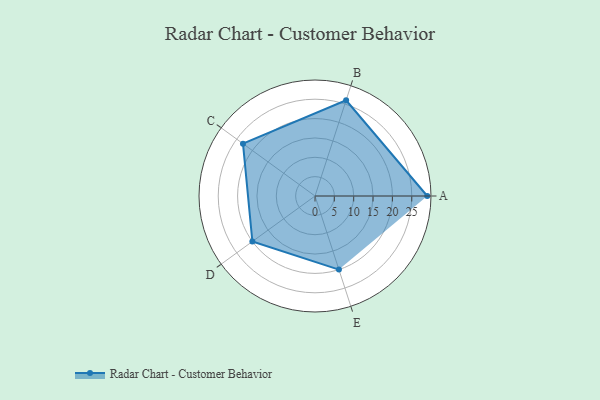
{"axis": {"x": "Skill", "y": "Score"}, "legend": ["Profile"], "data": [{"x": "A", "y": 29.0, "type": "Profile"}, {"x": "B", "y": 26.0, "type": "Profile"}, {"x": "C", "y": 23.0, "type": "Profile"}, {"x": "D", "y": 20.0, "type": "Profile"}, {"x": "E", "y": 20, "type": "Profile"}]}